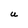
Character: U